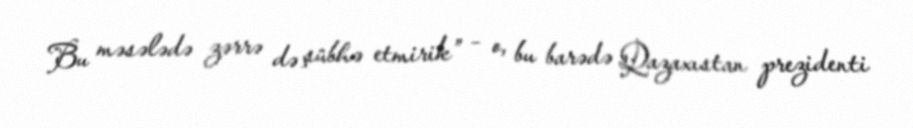
Bu məsələdə zərrə də şübhə etmirik” – o, bu barədə Qazaxıstan prezidenti